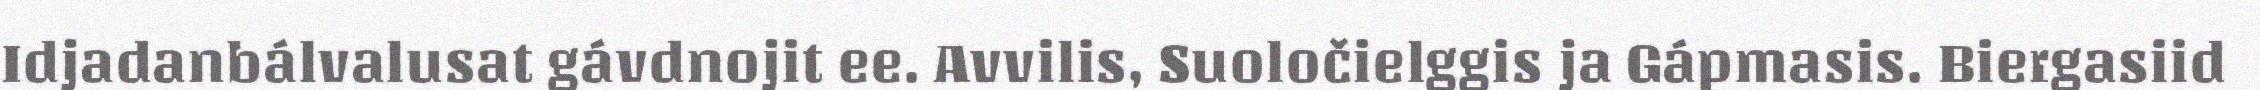
Idjadanbálvalusat gávdnojit ee. Avvilis, Suoločielggis ja Gápmasis. Biergasiid